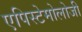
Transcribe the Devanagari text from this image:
एपिस्टेमोलोजी